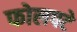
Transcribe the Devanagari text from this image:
फोलपटे